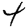
Digit: 4